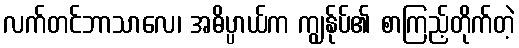
လက်တင်ဘာသာလေ၊ အဓိပ္ပာယ်က ကျွန်ုပ်၏ စာကြည့်တိုက်တဲ့